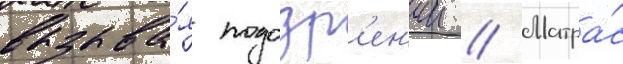
вызыва́я подозр'ен'ии // Матра́с